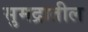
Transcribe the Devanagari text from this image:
सुमद्रातील